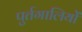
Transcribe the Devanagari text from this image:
पुर्तगालियोें